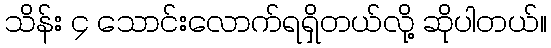
သိန်း ၄ သောင်းလောက်ရရှိတယ်လို့ ဆိုပါတယ်။